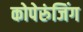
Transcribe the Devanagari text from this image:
कोपेरुंजिंग